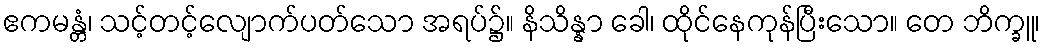
ဧကမန္တံ၊ သင့်တင့်လျောက်ပတ်သော အရပ်၌။ နိသိန္နာ ခေါ၊ ထိုင်နေကုန်ပြီးသော။ တေ ဘိက္ခူ၊